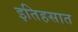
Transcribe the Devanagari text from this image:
इतिहसात